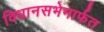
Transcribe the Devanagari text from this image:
विधानसभेमार्फत